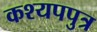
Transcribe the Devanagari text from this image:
कश्यपपुत्र